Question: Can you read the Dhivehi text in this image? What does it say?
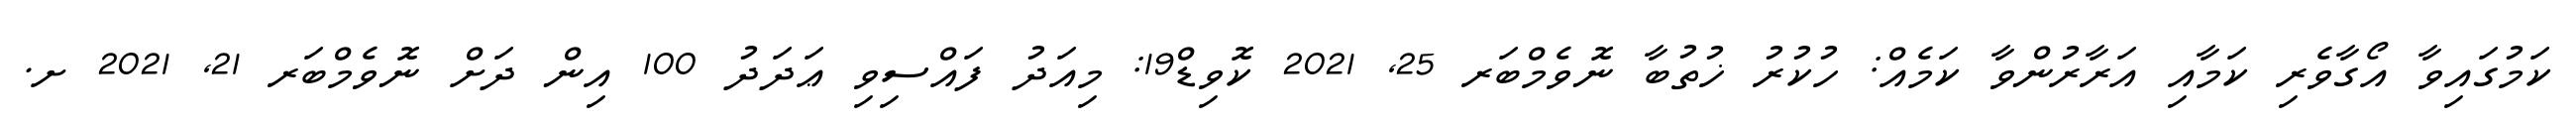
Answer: ކަމުގައިވާ އޯގާވެރި ކަމާއި އަރާރުންވާ ކަމެއް: ހުކުރު ޚުތުބާ ނޮވެމްބަރ 25, 2021 ކޮވިޑް19: މިއަދު ފައްސިވި ޢަދަދު 100 އިން ދަށް ނޮވެމްބަރ 21, 2021 ށ.